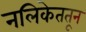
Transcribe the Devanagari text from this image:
नलिकेततून